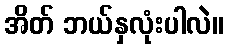
အိတ် ဘယ်နှလုံးပါလဲ။